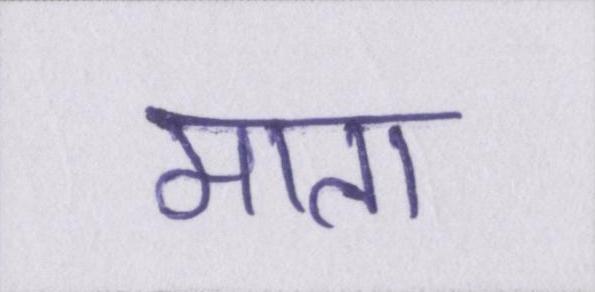
माता